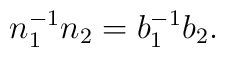
n_1^{-1} n_2 = b_1^{-1} b_2.